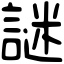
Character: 謎